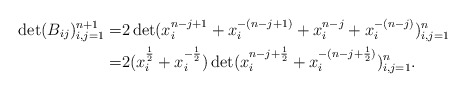
\begin{align*}\det(B_{ij})^{n+1}_{i,j=1}=&2\det(x^{n-j+1}_i+x^{-(n-j+1)}_i+x^{n-j}_i+x^{-(n-j)}_i)^{n}_{i,j=1}\\=&2(x^{\frac{1}{2}}_i+x^{-\frac{1}{2}}_i)\det(x^{n-j+\frac{1}{2}}_i+x^{-(n-j+\frac{1}{2})}_i)^{n}_{i,j=1}.\end{align*}